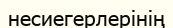
несиегерлерінің